Report of the King Institute of Preventive Medicine, Guindy
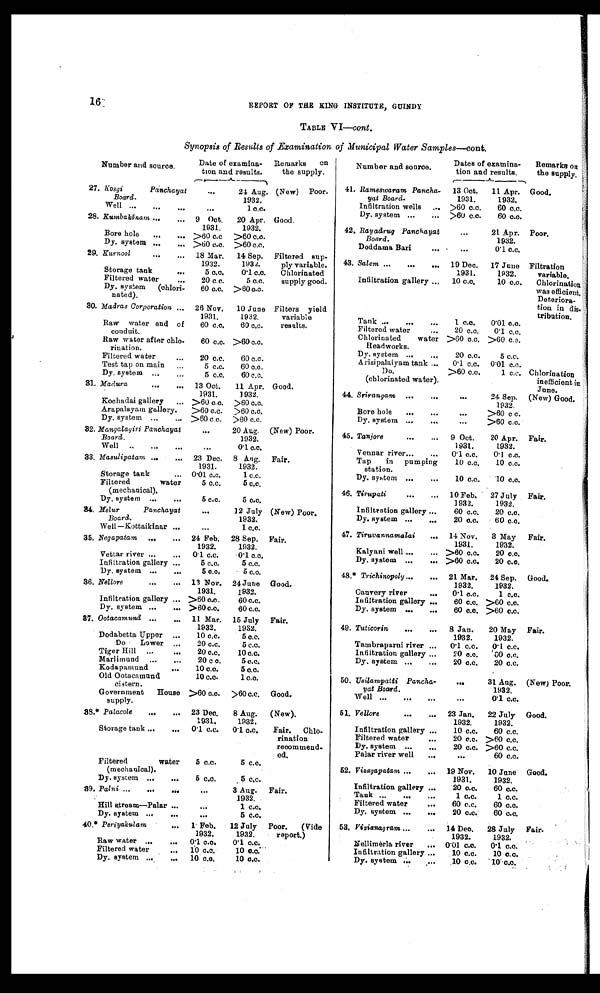
16
REPORT OF THE KING INSTiTUTE, GUINDY
TABLE VI—cont.
Synopsis of Results of Examination of Municipal Water Samples—cont.
Number and source.
Date of examina
tion and results.
Remarks on
the supply.
Number and source.
Dates of examina
tion and results.
Remarks o
n the supply.
.
Rameswaram Pancha
- yat Board.
13 Oct.
1931.
11 Apr.
1932.
Good.
27 . Kosgi Panchaya
Board.
24 Aug.
1932.
(New) Poor
41.
Infiltration wells.
>60 c.c.
60 c.c.
Well.
1 c.c.
Dy. system
>60 c.c.
60 c.c.
28. Kumbakōnam
9 Oct.
1931.
20 Apr.
1932.
Good.
42. Rayadrug
Panchayat Board.
21 Apr.
1932.
Poor.
Bore hole
>60 c.c. >60 c.c.
Dy. system
>60 c.c. >60 c.c.
Doddama Bari
0.1 c.c.
29. Kurnool
18 Mar.
1932.
14 Sep.
1934.
Filtered sup
ply variable.
Chlorinated
supply good.
43. Salem
19 Dec.
1931.
17 June
1932.
Filtration
variable.
Chlorination
was efficient,
Deteriora
tion in di
stribution.
Storage tank
5 c.c.
0.1 c.c.
Filtered water
20 c.c.
5 c.c.
InGltration gallery
10 c.c.
10 c. c.
Dy. system (chlori
nated).
60 c.c. >60 c.c..
30. Madras Corporation
26 Nov.
1931.
10 June
1932.
Filters yield
variable
results.
Tank.
1 c.c.
0.01 c.c.
Raw water end of
conduit.
60 c.c.
60 c.c.
Filtered water
20 c.c.
0.1 c.c.
Chlorinated water >60 c.c. >60 c.c.
Raw water after ch
lorination.
60 c.c. >60 c.c.
Headworks.
Dy. system
20 c.c.
5 c.c.
Filtered water
20 c.c.
60 c.c.
Arisipalaiyam tank
0.1 c.c. 0.01 c.c.
Test tap on main
5 c.c.
60 c.c.
Do.
>60 c.c.
1 c.c. Chlorination
inefficient in
June.
Dy. system
5 c.c.
60 c.c.
(chlorinated water).
31. Madura
13 Oct.
1931.
11 Apr.
1932.
Good.
44. Srirangam
24 Sep.
1932
(New) Good.
Kochadai gallery
>60 c.c. >60 c.c
Arapalayam gallery.
>60 c.c.
>60 c.c.
Bore hole
>60 c c.
Dy. system
>60 c c.
>60 c.c.
Dy. system
>60 c.c.
32. Mangalagiri Panchayat
Board.
20 Aug.
1932.
(New) Poor.
45. Tanjore
9 Oct.
1931.
20 Apr
. 1932.
Fair.
Well
0.1 c.c.
Vennarriver
0.1 c.c.
0.1 c.c.
33. Masulipatam
23 Dec.
1931.
8 Ang.
1932.
Fair.
Tap in pumping
10 c.c.
10 c.c.
station.
Storage tank
0.01 c.c.
1 c.c.
Dy. system
10 c.c.
10 c.c.
Filtered water
(mechanical).
5 c.c.
5 c.c.
46. Tirupati
10 Feb.
1932.
27 July
1932.
Fair.
Dy. system
5 c.c.
5 c.c.
34. Melur
Panchayat
Board.
12 July
1932.
(New) Poor.
Infiltration gallery
60 c.c.
20 c.c.
Dy. system
20 c.c.
60 c.c.
Well -Kottaikinar ..
1 c,c.
35. Negapatam
24 Feb.
1932.
28 Sep.
1932.
Fair.
47. Tiruvannamalai.
14 Nov.
1931.
3 May
1932.
Fair.
Kalyani well
>60 c.c.
20 c.c.
Vettar river
0.1 c.c.
0.1 c.c.
Dy. system
>60 c.c.
20 c.c.
Infiltration gallery
5 c.c.
5 c.c.
Dy. system
5 c.c.
5 c.c.
48. Trichinopoij
21 Mar.
1932.
24 Sep.
1932.
Good.
36. Nellore
13 Nov.
1931.
24 June
1932.
Good.
Cauvery river
0.1 c.c.
1 c.c.
Infiltration gallery
>60 c.c.
60 c.c.
Infiltration gallery
60 c.c. >60 c.c.
Dy . system
>60 c.c.
60 c.c.
Dy. system
60 c.c. >60 c.c.
37 . Ootacamund
11 Mar.
1932.
15 July
1932.
Fair.
.
49. Tuticorin
8 Ja
n 1932.
20 May
1932.
Fair.
Dodabetta Upper
10 c.c.
5 c.c.
Do Lower
20 c.c.
5 c.c.
Tambraparni river
0• 1 c.c.
0. 1 c.c.
Tiger Hill
20 c.c.
10 c.c.
Infiltration gallery
20 c.c.
60 c.c.
Marlimund
20 c c.
5 c.c.
Dy. system
20 c.c.
20 c.c.
Kodapamund
10 c.c.
5 c.c.
Old Ootacamund
10 c.c.
1 c.c.
50. Usilampatti Pancha
-y at Board.
31 Aug.
1932.
(New) Poor.
cistern.
Government House
supply.
>60 c.c.
>60 c.c. Good.
Well
0.1 c.c.
38
Palacole
23 Dec.
1931.
8 Aug.
1932.
(New).
51. Vellore
23 Jan.
1932.
10
22 July
1932.
60
Good.
Storage tank
0.1 c.c.
0.1 c.c.
Fair. Chio
rination
recommend
ed.
Infiltration gallery
Filtered water
20 c.c. >60 c.c.
Dy. system
20 c.c. >60 c.c.
Palar river well
60.c.c.
Filtered water
5 c.c.
5 c.c.
Good.
(mechanical).
52. Vizagapatam
Nov.
19 1931.
10 June
1932.
Dy. system
5 c.c.
5 c.c.
Infiltration gallery
20 c.c.
60 c.c.
39. Palni
3 Aug
. 1932.
Fair.
Tank
1 c.c.
1 c.c.
Filtered water
60 c.c.
60 c.c.
Hill stream—Palar
1 c.c.
Dy. system
20 c.c.
60 c.c.
Dy. system
5 c.c.
4 0 Periyakulam
1 Feb.
1932.
12 July
1932.
Poor. (Vide
report.)
53. Vizianagram
14 Dec.
1932.
28 July
1932.
Fair.
Raw water
0.1 c.c.
0.1 c.c.
Nellimerla river. 0.01 c.c.
0.1 c.c.
Filtered water
10 c.c.
10 c.c.
Infiltration gallery
10 c.c.
10 c.
c.
Dy. system
10 c.c.
10 c.c.
Dy. system
10 c.c.
10.c.c.